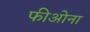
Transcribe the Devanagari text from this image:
फीओना